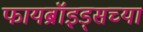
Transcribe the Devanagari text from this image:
फायब्रॉइड्सच्या